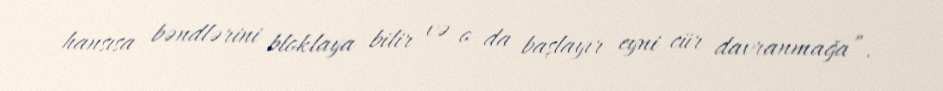
hansısa bəndlərini bloklaya bilir və o da başlayır eyni cür davranmağa”.